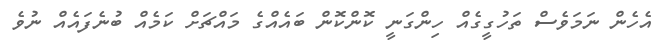
އެހެން ނަމަވެސް ތަހުގީގެއް ހިންގަނީ ކޮންކޮން ބައެއްގެ މައްޗަށް ކަމެއް ބުނެފައެއް ނުވެ